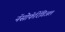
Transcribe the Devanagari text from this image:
नॅसोफॅरिंगिअल